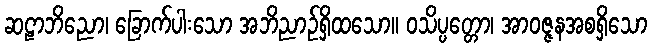
ဆဠာဘိညော၊ ခြောက်ပါးသော အဘိညာဉ်ရှိထသော။ ဝသိပ္ပတ္တော၊ အာဝဇ္ဇနအစရှိသော